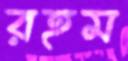
রহম